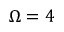
\Omega = 4